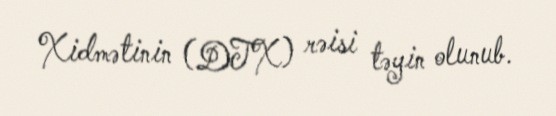
Xidmətinin (DTX) rəisi təyin olunub.